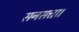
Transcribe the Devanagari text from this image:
सनसत्ता।